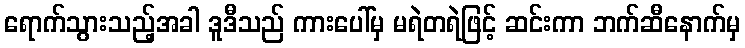
ရောက်သွားသည့်အခါ ဒူဒီသည် ကားပေါ်မှ မရဲတရဲဖြင့် ဆင်းကာ ဘက်ဆီနောက်မှ